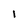
Character: l